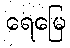
ရေမြေ